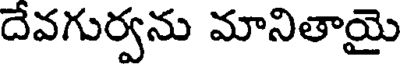
దేవగుర్వను మానితాయై